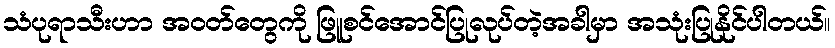
သံပုရာသီးဟာ အဝတ်တွေကို ဖြူစင်အောင်ပြုလုပ်တဲ့အခါမှာ အသုံးပြုနိုင်ပါတယ်။